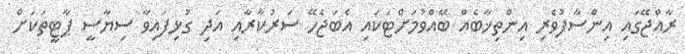
ރާއްޖޭގައި އިންސާފުވެރި އިންތިޚާބެއް ބޭއްވުމަށްޓަކައި އެބަޖެހޭ ސަރުކާރާއި އަދި ގުޅިފައިވާ ސިޔާސީ ޕާޓީތަކަށް